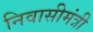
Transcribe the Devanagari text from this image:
निवासीमंत्री